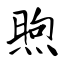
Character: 煦